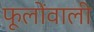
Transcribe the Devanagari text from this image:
फूलोंवाली